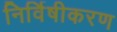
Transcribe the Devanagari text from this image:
निर्विषीकरण